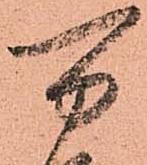
万